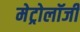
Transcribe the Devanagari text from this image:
मेट्रोलॉजी